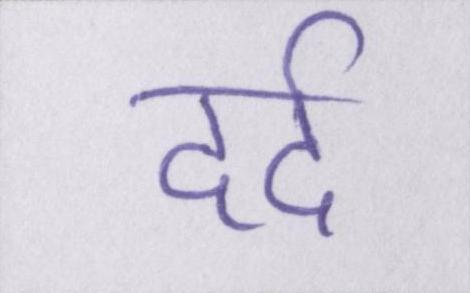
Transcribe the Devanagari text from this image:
दर्द